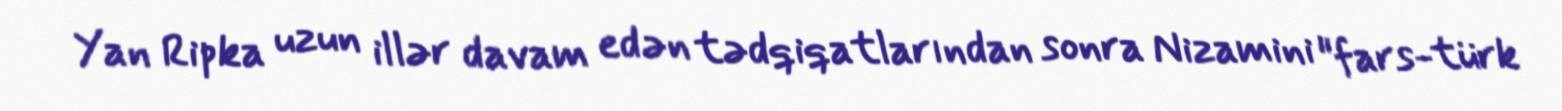
Yan Ripka uzun illər davam edən tədqiqatlarından sonra Nizamini "fars-türk